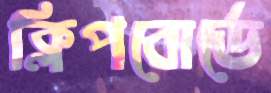
ক্লিপবোর্ডে